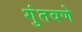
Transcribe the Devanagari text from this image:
गुंतवणे